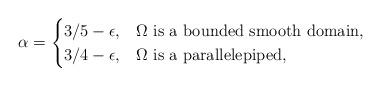
LaTeX: \begin{align*} \alpha=\begin{cases}3/5-\epsilon, & \Omega \hbox{ is a bounded smooth domain},\\3/4-\epsilon,&\Omega \hbox{ is a parallelepiped},\end{cases}\end{align*}